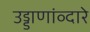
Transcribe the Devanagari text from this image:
उड्डाणांव्दारे